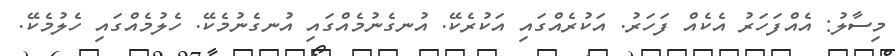
މިސާލު: އެއްފަހަރު އެކެއް ފަހަރު. އަކުރެއްގައި އަކުރެކޭ. އުނގެނުމެއްގައި އުނގެނުމެކޭ. ހެލުމެއްގައި ހެލުމެކޭ.